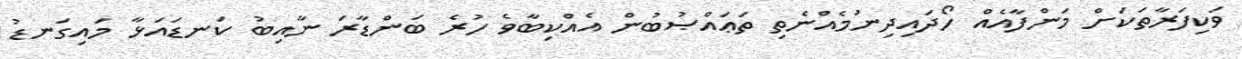
ވަކިފަރާތަކަށް މަންފާއެއް ހޯދައިދިނުމެއްނެތި ތަޢައްޞުބުން އެއްކިބާވެ ހުރެ ބަންޑާރަ ނާއިބު ކަނޑައަޅާ މައިގަނޑު